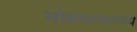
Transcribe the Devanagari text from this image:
मोबदल्यामध्ये